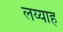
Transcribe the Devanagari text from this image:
लय्याह